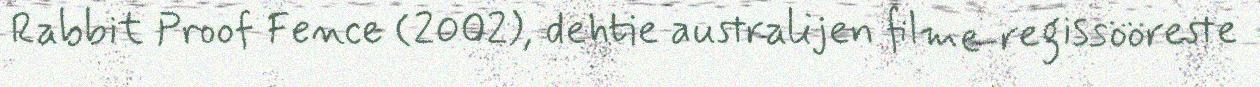
Rabbit Proof Fence (2002), dehtie australijen filme-regissööreste